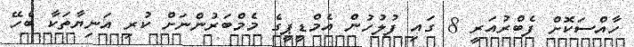
ހާއްސަކޮށް ފެބްރުއަރީ 8 ގައި ފުލުހުން އެމްޑީޕީގެ މެމްބަރުންނަށް ކުރި އަނިޔާތަކާ ބެހޭ